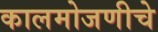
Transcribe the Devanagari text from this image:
कालमोजणीचे